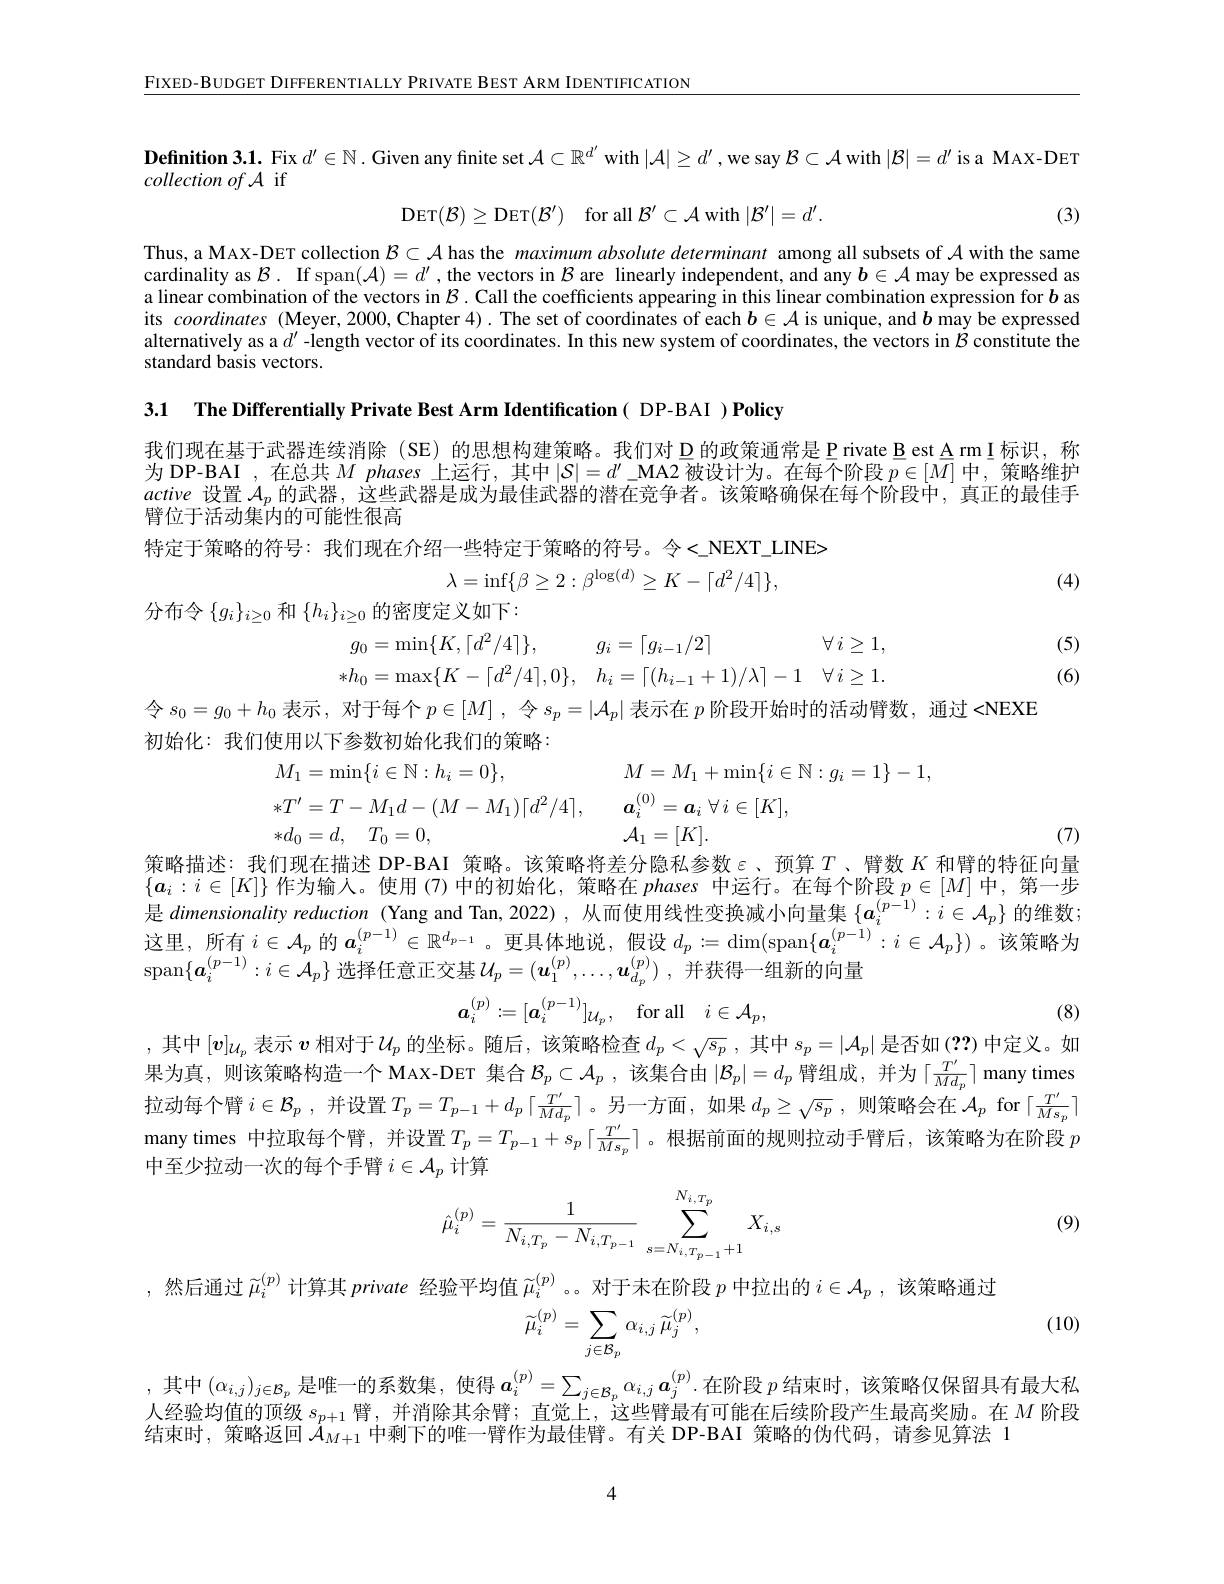
$\underline{\text{FIXED-BUDGET DIFFERENTIALY PRIVATE BEST ARM IDENTIFICATION}}$

Definition 3.1. Fix $d^{\prime}\in\mathbb{N}.$ Given any finite set $\mathcal{A}\subset\mathbb{R}^{d^{\prime}}$ with $|\mathcal{A}|\geq d^{\prime\prime}$ ,we say $\mathcal{B}\subset\mathcal{A}$ with $|\mathcal{B}|=d^{\prime\prime}$ is a MAX-DET

collection of A if
$$\mathrm{DET}(\mathcal{B})\geq\mathrm{DET}(\mathcal{B}')\quad\mathrm{for~all~}\mathcal{B}'\subset\mathcal{A}\mathrm{~with~}|\mathcal{B}'|=d'.$$
(3)

Thus, a MAX-DET collection $\mathcal{B}\subset\mathcal{A}$ has the maximum absolute determinant among all subsets of $\mathcal{A}$ with the same cardinality as $\mathcal{B}.$ If span$(\mathcal{A})=d^\prime$, the vectors in $\mathcal{B}$ are linearly independent, and any $\boldsymbol{b}\in\mathcal{A}$ may be expressed as a linear combination of the vectors in $\mathcal{B}$ . Call the coefficients appearing in this linear combination expression for $\boldsymbol{b}$ as its coordinates (Meyer,2000,Chapter 4). The set of coordinates of each $b\in\mathcal{A}$ is unique, and $\boldsymbol{b}$ may be expressed alternatively as a $d^{\prime}$ -length vector of its coordinates. In this new system of coordinates, the vectors in $\mathcal{B}$ constitute the standard basis vectors.

3.1 The Differentially Private Best Arm Identification( DP-BAI )Policy

我们现在基于武器连续消除(SE)的思想构建策略。我们对 D 的政策通常是 P rivate B est A rm I标识，称为 DP- BAI ,在总共$M$ phases 上运行，其中$|\mathcal{S}|=d^\prime$ \_MA2 被设计为。在每个阶段$\overline p\in[M]$中，策略维护active设置$\mathcal{A}_p$的武器，这些武器是成为最佳武器的潜在竞争者。该策略确保在每个阶段中，真正的最佳手臂位于活动集内的可能性很高
特定于策略的符号：我们现在介绍一些特定于策略的符号。令<NEXT\_LINE>
$$\lambda=\inf\{\beta\ge2:\beta^{\log(d)}\ge K-\lceil d^2/4\rceil\},$$
(4)
分布令$\{g_i\}_{i\geq0}$和$\{h_i\}_{i\geq0}$的密度定义如下：
$$g_0=\min\{K,\lceil d^2/4\rceil\},\quad g_i=\lceil g_{i-1}/2\rceil\quad\forall\:i\geq1$$
$$\begin{array}{ll}{g_{0}=\operatorname*{min}\{K,\:|\:d^{2}/4\:|\},}&{{g_{i}=|\:g_{i-1}/2\:|}}&{\forall\:i\ge1,}\\{{*h_{0}=\operatorname*{max}\{K-\lceil d^{2}/4\rceil,0\},}}&{{h_{i}=\lceil(h_{i-1}+1)/\lambda\rceil-1\quad\forall\:i\ge1.}}\end{array}$$
(5) (6)

令$s_0=g_0+h_0$表示，对于每个$p\in[M]$,令$s_p=|\mathcal{A}_p|$表示在$p$阶段开始时的活动臂数，通过 <NEXE
初始化：我们使用以下参数初始化我们的策略：
$$\begin{aligned}&M_{1}=\operatorname*{min}\{i\in\mathbb{N}:h_{i}=0\},&&M=M_{1}+\operatorname*{min}\{i\in\mathbb{N}:g_{i}=1\}-1,\\&*T^{\prime}=T-M_{1}d-(M-M_{1})\lceil d^{2}/4\rceil,&&\boldsymbol{a}_{i}^{(0)}=\boldsymbol{a}_{i}\:\forall\:i\in[K],\\&*d_{0}=d,\quad T_{0}=0,&&\mathcal{A}_{1}=[K].\end{aligned}$$
(7)

策略描述：我们现在描述 DP-BAI 策略。该策略将差分隐私参数ε、预算$T$ 、臂数$K$和臂的特征向量$\{a_i:i\in[K]\}$作为输人。使用(7)中的初始化，策略在 phases 中运行。在每个阶段$p\in[M]$中，第一步是 dimensionality reduction (Yang and Tan, 2022),从而使用线性变换减小向量集$\{a_i^{(p-1)}:i\in\mathcal{A}_p\}$的维数；这里，所有$i\in\mathcal{A}_p$的$a_i^{(p-1)}\in\mathbb{R}^{d_{p-1}}$。更具体地说，假设$d_p:=\dim(\operatorname{span}\{\boldsymbol{a}_i^{(p-1)}:i\in\mathcal{A}_p\})$。该策略为$\operatorname{span}\{\boldsymbol{a}_{i}^{(p-1)}:i\in\mathcal{A}_{p}\}$
$$\xi\:\mathcal{U}_{p}=(\boldsymbol{u}_{1}^{(p)},\ldots,\boldsymbol{u}_{d_{p}}^{(p)})$$
$$a_{i}^{(p)}:=[a_{i}^{(p-1)}]_{\mathcal{U}_{p}},\quad\mathrm{for~all}\quad i\in\mathcal{A}_{p},$$
(8)

,其中$[\boldsymbol{v}]_{\mathcal{U}_p}$表示$v$相对于$\mathcal{U}_p$的坐标。随后，该策略检查$d_p<\sqrt{s_p}$,其中$s_p=|\mathcal{A}_p|$是否如 (??)中定义。如果为真，则该策略构造一个 MAX-DET 集合$\mathcal{B}_p\subset\mathcal{A}_p$ ,该集合由$|\mathcal{B}_p|=d_p$臂组成，并为「$\frac{T^{\prime}}{Md_p}|$ many times 拉动每个臂$i\in\mathcal{B}_p$ ,并设置$T_p=T_p-1+d_p\left\lceil\frac{T^{\prime}}{Md_p}\right\rceil$。另一方面，如果$d_p\geq\sqrt{s_p}$ ,则策略会在$\mathcal{A}_p$ for $\lceil\frac{T^{\prime}}{Ms_p}\rceil$ many times 中拉取每个臂，并设置$T_p=T_{p-1}+s_p\lceil\frac{T^{\prime}}{M_{s_p}}\rceil$。根据前面的规则拉动手臂后，该策略为在阶段$p$ 中至少拉动一次的每个手臂$i\in\mathcal{A}_p$计算
$$\hat{\mu}_{i}^{(p)}=\frac{1}{N_{i,T_{p}}-N_{i,T_{p-1}}}\sum_{s=N_{i,T_{p-1}}+1}^{N_{i,T_{p}}}X_{i,s}$$
(9)

,然后通过$\tilde{\mu}_i^{(p)}$计算其private 经 验 平 均 值 $\widetilde{\mu } _i^{( p) }$ 。对于未在阶段$p$中拉出的$i\in \mathcal{A} _p$ , 该 策 略 通 过
$$\widetilde{\mu}_{i}^{(p)}=\sum_{j\in\mathcal{B}_{p}}\alpha_{i,j}\:\widetilde{\mu}_{j}^{(p)},$$
(10)

,其中$(\alpha_{i,j})_{j\in\mathcal{B}_p}$ 是唯一的系数集，使得 $\boldsymbol a_i^{(p)}=\sum_{j\in\mathcal{B}_p}\alpha_{i,j}\boldsymbol{a}_j^{(p)}\cdot$在阶段 $p$ 结束时，该策略仅保留具有最大私人经验均值的顶级$s_{p+1}$臂，并消除其余臂；直觉上，这些臂最有可能在后续阶段产生最高奖励。在$M$阶段结束时，策略返回$\mathcal{A}_{M+1}$中剩下的唯一臂作为最佳臂。有关 DP-BAI 策略的伪代码，请参见算法 1

4